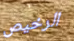
الرخيص